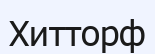
Хитторф